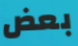
بعض